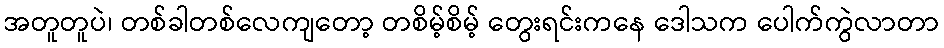
အတူတူပဲ၊ တစ်ခါတစ်လေကျတော့ တစိမ့်စိမ့် တွေးရင်းကနေ ဒေါသက ပေါက်ကွဲလာတာ